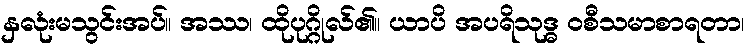
နှလုံးမသွင်းအပ်။ အဿ၊ ထိုပုဂ္ဂိုလ်၏။ ယာပိ အပရိသုဒ္ဓ ဝစီသမာစာရတာ၊